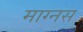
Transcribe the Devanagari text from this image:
माग्नस